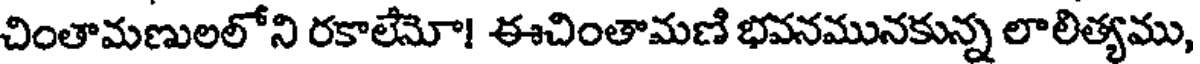
చింతామణులలోని రకాలేమో! ఈచింతామణి భవనమునకున్న లాలిత్యము,